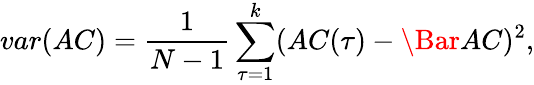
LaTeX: var(AC)=\frac{1}{N-1}\sum_{\tau=1}^{k}(AC(\tau)-\Bar{AC})^{2},